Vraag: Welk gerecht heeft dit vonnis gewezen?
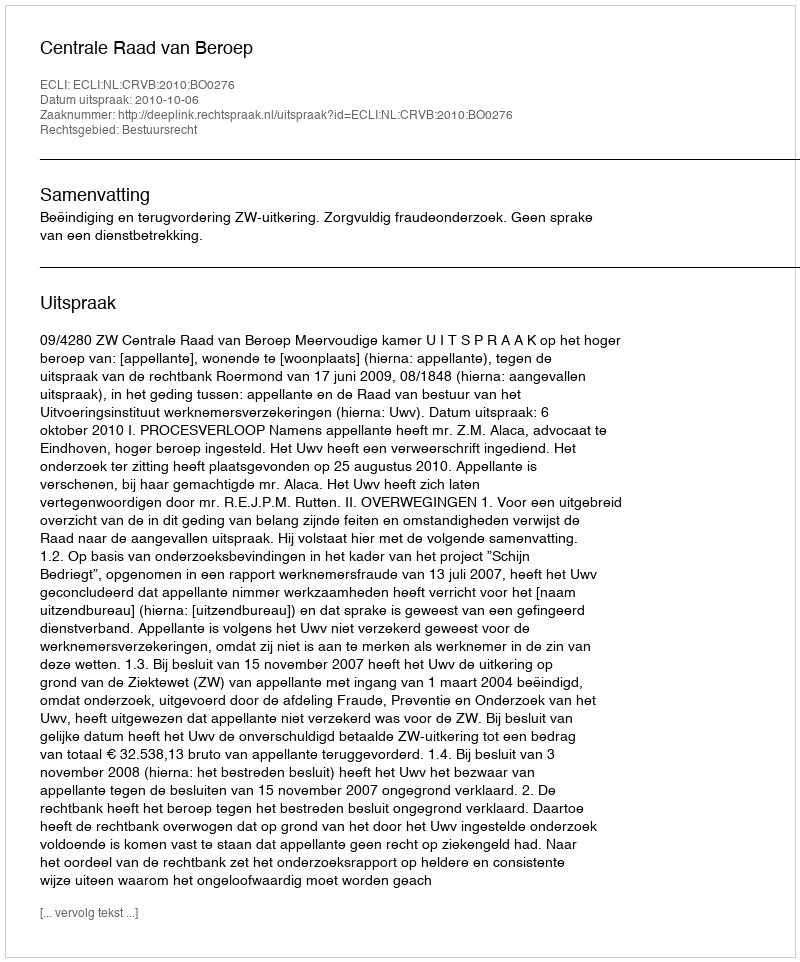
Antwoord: Centrale Raad van Beroep